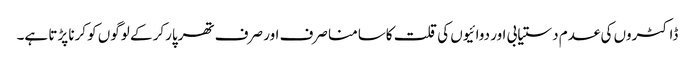
ڈاکٹروں کی عدم دستیابی اور دوائیوں کی قلت کاسامنا صرف اور صرف تھرپارکر کے لوگوں کو کرنا پڑتا ہے۔